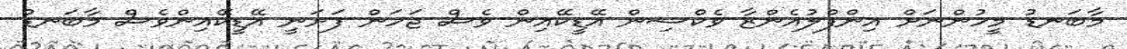
މާބަނޑު މީހުންނަށް އިންފްލުއެންޒާ ވެކްސިން އޭޑީކޭއިން ވެސް ޖަހަން ފަށަނީ އޭޑީކޭއިންވެސް މާބަނޑު